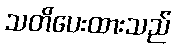
သတိပေးထားသည်